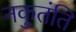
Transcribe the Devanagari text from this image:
नकुतंति